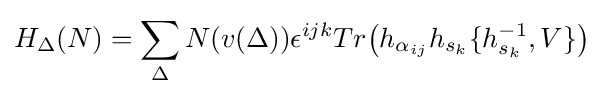
H_{\Delta }(N)=\sum _{\Delta }N(v(\Delta ))\epsilon ^{ijk}Tr{\big (}h_{\alpha _{ij}}h_{s_{k}}\{h_{s_{k}}^{-1},V\}{\big )}